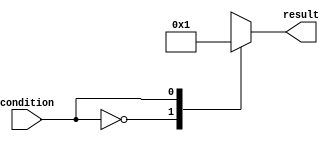
module behavioral_modeling(
    input wire condition,
    output reg [3:0] result
);

always @* begin
    case (condition)
        4'b0000: result = 4'b0000;
        4'b0001: result = 4'b0001;
        4'b0010: result = 4'b0010;
        4'b0011: result = 4'b0011;
        4'b0100: result = 4'b0100;
        4'b0101: result = 4'b0101;
        4'b0110: result = 4'b0110;
        4'b0111: result = 4'b0111;
        default: result = 4'b1111;
    endcase
end

endmodule